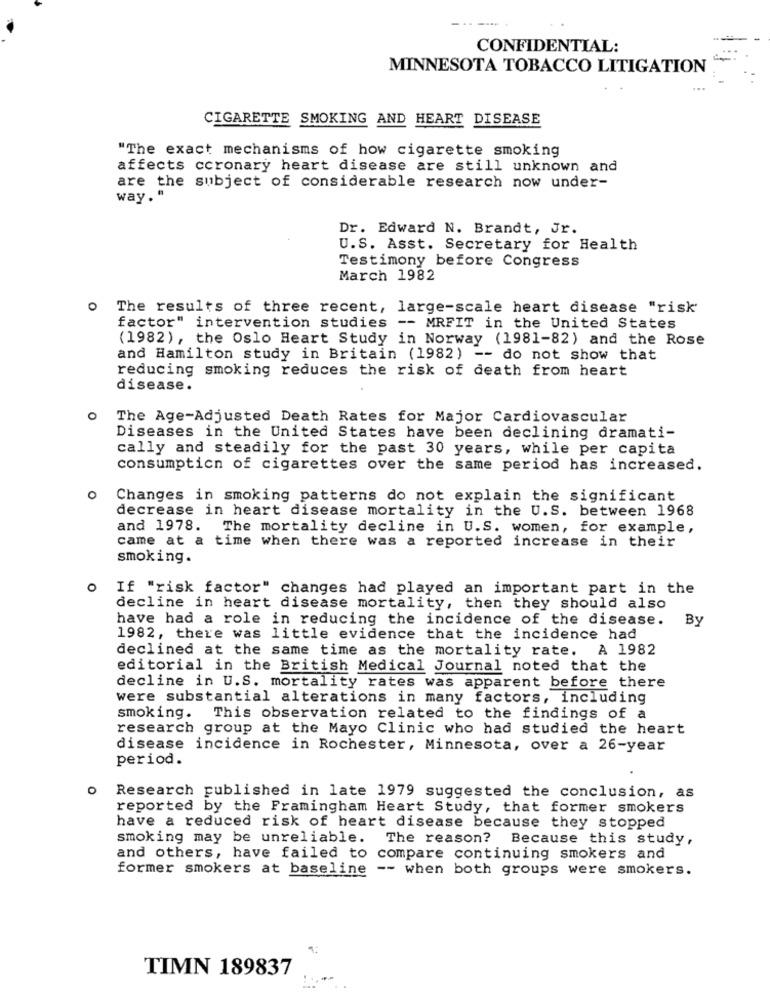
CONFIDENTIAL:
MINNESOTA TOBACCO LITIGATION
CIGARETTE SMOKING AND HEART DISEASE
"The exact mechanisms of how cigarette smoking
affects coronary heart disease are still unknown and
are the subject of considerable research now under-
way."
Dr. Edward N. Brandt, Jr.
U.S. Asst. Secretary for Health
Testimony before Congress
March 1982
The results of three recent, large-scale heart disease "risk
factor" intervention studies -- MRFIT in the United States
(1982), the Oslo Heart Study in Norway (1981-82) and the Rose
and Hamilton study in Britain (1982) -- do not show that
reducing smoking reduces the risk of death from heart
disease.
O
The Age-Adjusted Death Rates for Major Cardiovascular
Diseases in the United States have been declining dramati-
cally and steadily for the past 30 years, while per capita
consumption of cigarettes over the same period has increased.
O
Changes in smoking patterns do not explain the significant
decrease in heart disease mortality in the U.S. between 1968
and 1978. The mortality decline in U.S. women, for example,
came at a time when there was a reported increase in their
smoking.
O
If "risk factor" changes had played an important part in the
decline in heart disease mortality, then they should also
have had a role in reducing the incidence of the disease.
By
1982, there was little evidence that the incidence had
declined at the same time as the mortality rate. A 1982
editorial in the British Medical Journal noted that the
decline in U.S. mortality rates was apparent before there
were substantial alterations in many factors, including
smoking. This observation related to the findings of a
research group at the Mayo Clinic who had studied the heart
disease incidence in Rochester, Minnesota, over a 26-year
period.
Research published in late 1979 suggested the conclusion, as
reported by the Framingham Heart Study, that former smokers
have a reduced risk of heart disease because they stopped
smoking may be unreliable. The reason? Because this study,
and others, have failed to compare continuing smokers and
former smokers at baseline -- when both groups were smokers.
TIMN 189837